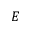
E